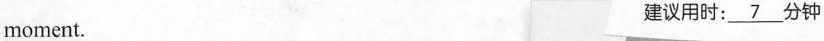
moment. 建议用时:\underline{7}分钟